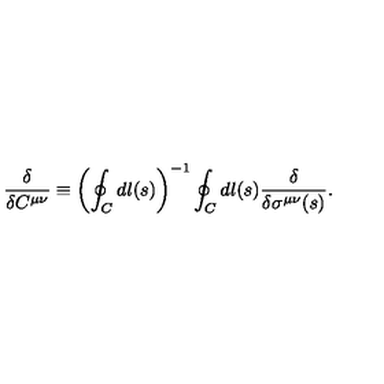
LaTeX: { \frac { \delta } { \delta C ^ { \mu \nu } } } \equiv \left( \oint _ { C } d l ( s ) \right) ^ { - 1 } \oint _ { C } d l ( s ) { \frac { \delta } { \delta \sigma ^ { \mu \nu } ( s ) } } .